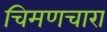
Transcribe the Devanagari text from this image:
चिमणचारा